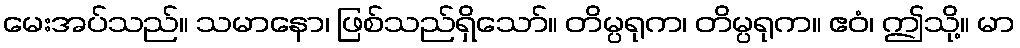
မေးအပ်သည်။ သမာနော၊ ဖြစ်သည်ရှိသော်။ တိမ္ပရုက၊ တိမ္ပရုက။ ဧဝံ၊ ဤသို့။ မာ